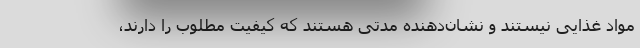
مواد غذایی نیستند و نشان‌دهنده مدتی هستند که کیفیت مطلوب را دارند،